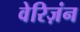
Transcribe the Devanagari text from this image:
वेरिज़ंन